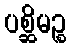
ပစ္ဆိမဉ္စ